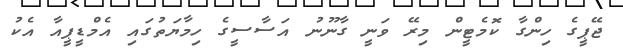
ޖޭޕީގެ ހިންގާ ކޮމެޓީން މިރޭ ވަނީ ގާނޫނު އަސާސީގެ ހިމާޔަތުގައި އެމްޑީޕީއާ އެކު